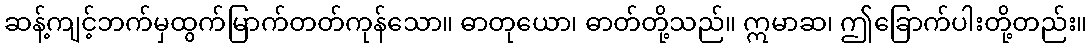
ဆန့်ကျင့်ဘက်မှထွက်မြာက်တတ်ကုန်သော။ ဓာတုယော၊ ဓာတ်တို့သည်။ ဣမာဆ၊ ဤခြောက်ပါးတို့တည်း။